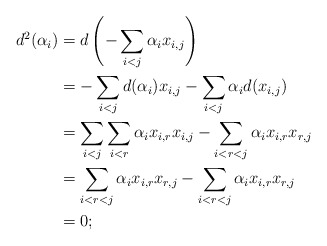
\begin{align*}d^2(\alpha_i) &= d \left( -\sum_{i< j} \alpha_ix_{i,j} \right)\\ &= -\sum_{i< j} d(\alpha_i)x_{i,j} - \sum_{i< j} \alpha_id(x_{i,j})\\ &= \sum_{i< j} \sum_{i< r} \alpha_ix_{i,r} x_{i,j} - \sum_{i<r<j} \alpha_ix_{i,r}x_{r,j}\\ &= \sum_{i<r<j} \alpha_ix_{i,r}x_{r,j} - \sum_{i<r<j} \alpha_ix_{i,r}x_{r,j}\\ &= 0;\end{align*}